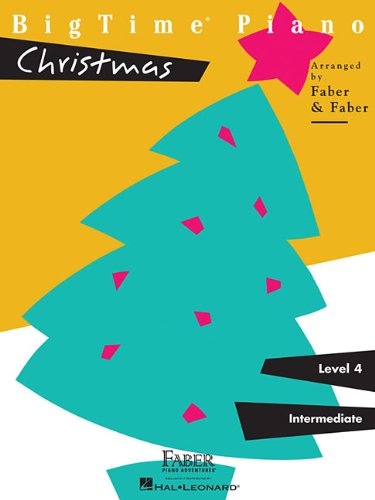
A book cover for BigTime  Christmas: Level 4; Nancy Faber; Arts & Photography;